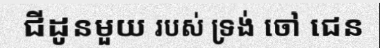
ជីដូនមួយ របស់ ទ្រង់ ចៅ ជេន